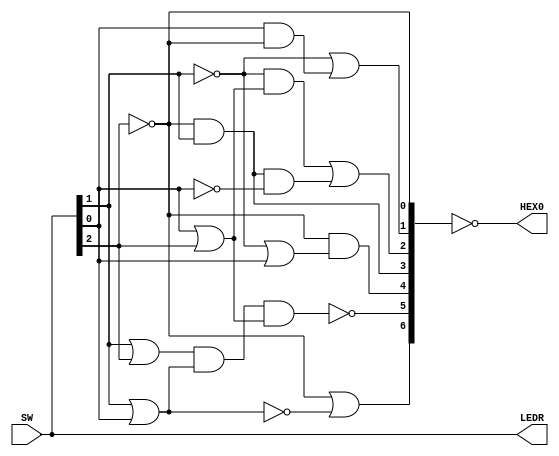
module part4(input [2:0]SW, output [2:0]LEDR, output [6:0]HEX0);

	wire [2:0]c = SW;
	wire [6:0]temp;
	
	assign LEDR = SW;  
	
	assign temp[0] = ~c[2];
	assign temp[1] = ~c[1] | (c[0] & ~c[2]);
	assign temp[2] = (~c[1] & (c[0] | c[2])) | (~c[2] & c[1] & ~c[0]);
	assign temp[3] = ~c[2] & c[1];
	assign temp[4] = ~c[2] & (~c[1] | c[0]);
	assign temp[5] = ~((c[1] | c[2]) & (c[1] | c[0]) & (c[2] | c[0]));
	assign temp[6] = ~c[2] | ~(c[0] | c[1]);
	
	assign HEX0 = ~temp;
	
endmodule